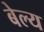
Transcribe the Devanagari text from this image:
बेल्य